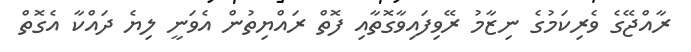
ރާއްޖޭގެ ވެރިކަމުގެ ނިޒާމު ރޭވިފައިވާގޮތާއި ފޮތް ރައްޔިތުން އެވަނީ ލިޔެ ދައްކާ އެގޮތް